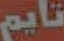
تايم